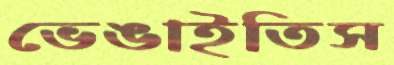
ভেঙাইতিস